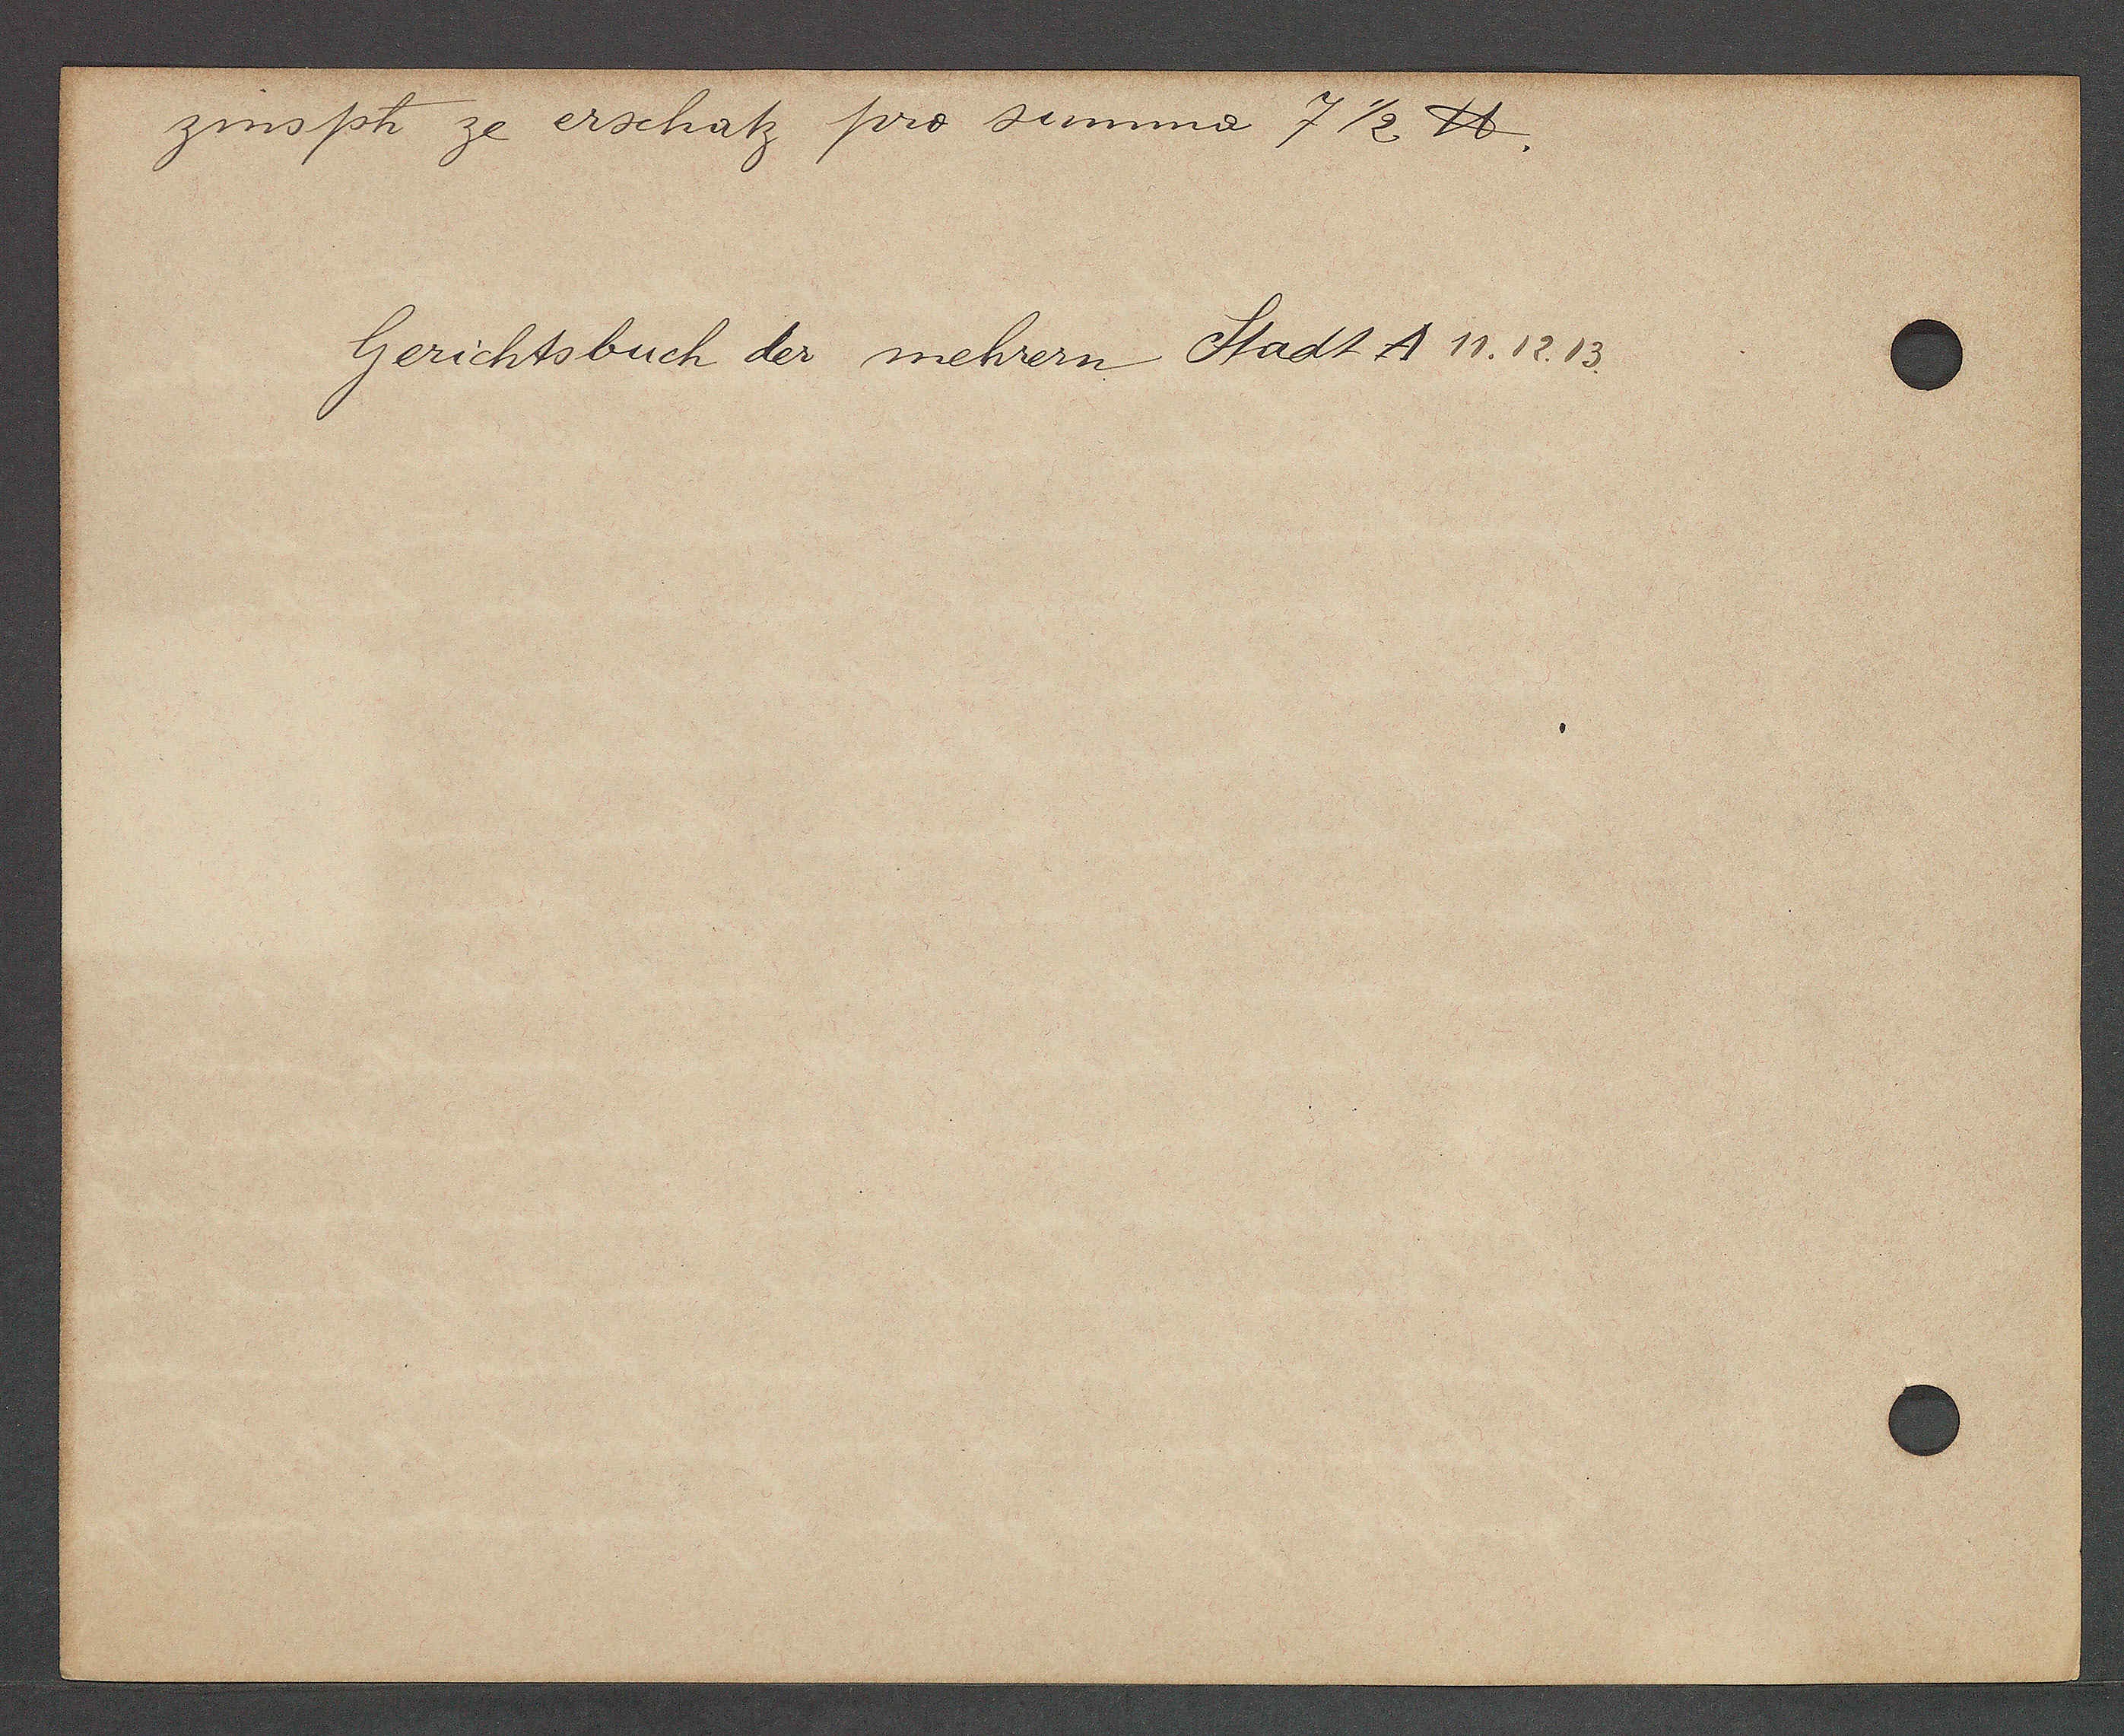
Transcript:
zins ph ze erschatz pro simma 7 ½. ℔.

Gerichtsbuch der mehrern Stadt A 11.12.13.